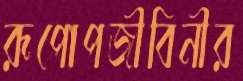
রূপোপজীবিনীর